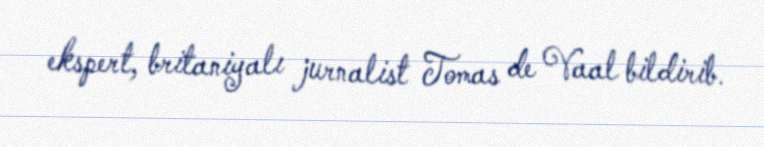
ekspert, britaniyalı jurnalist Tomas de Vaal bildirib.